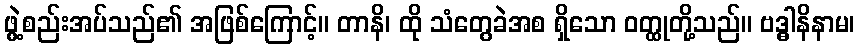
ဖွဲ့စည်းအပ်သည်၏ အဖြစ်ကြောင့်။ တာနိ၊ ထို သံတွေခဲအစ ရှိသော ဝတ္ထုတို့သည်။ ဗဒ္ဓါနိနာမ၊